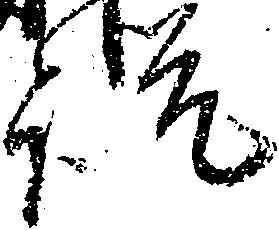
説